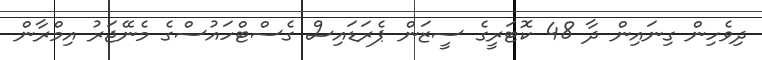
ދިވެހިން ގިނައިން ދާ 48 ކޮޓަރީގެ ސީޒަން ޕެރަޑައިސް ގެސްޓްހައުސްގެ މެނޭޖަރު އިމްރާން